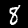
Digit: 8